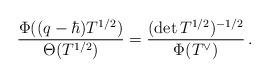
LaTeX: \begin{align*}\frac{\Phi((q-\hbar) T^{1/2})}{\Theta(T^{1/2})} = \frac{(\det T^{1/2})^{-1/2}}{\Phi(T^\vee)} \,. \end{align*}